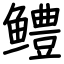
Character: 鳢